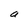
Character: a